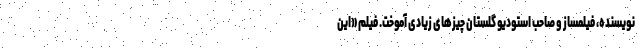
نویسنده، فیلمساز و صاحب استودیو گلستان چیزهای زیادی آموخت. فیلم «این